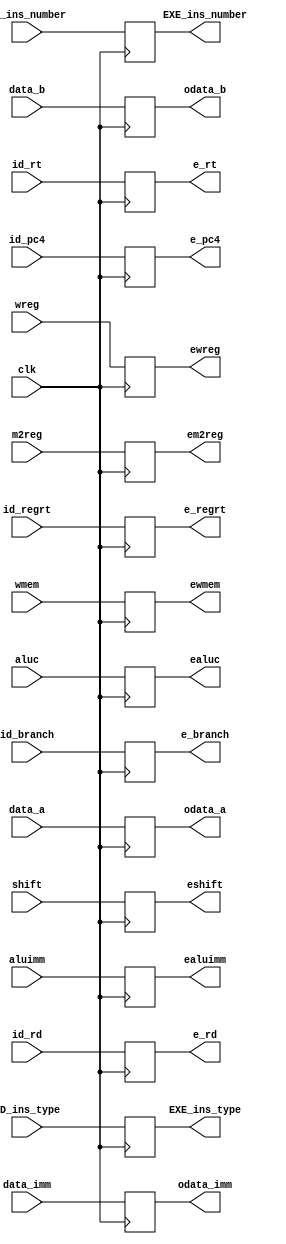
`timescale 1ns / 1ps
//////////////////////////////////////////////////////////////////////////////////
// Company: 
// Engineer: 
// 
// Design Name: 
// Module Name:    Reg_ID_EXE 
// Project Name: 
// Target Devices: 
// Tool versions: 
// Description: 
//
// Dependencies: 
//
// Revision: 
// Revision 0.01 - File Created
// Additional Comments: 
//
//////////////////////////////////////////////////////////////////////////////////
module Reg_ID_EXE(clk, 	wreg,	m2reg, wmem, aluc, shift, aluimm,  data_a, data_b, data_imm, id_branch,id_pc4, id_regrt,id_rt,id_rd,//inputs
								ewreg,em2reg,	ewmem,ealuc, eshift, ealuimm, odata_a,odata_b, odata_imm, e_branch, e_pc4,e_regrt,e_rt,e_rd,
								ID_ins_type, ID_ins_number, EXE_ins_type, EXE_ins_number);	//outputs
	input		clk;
	input 	wreg,	m2reg,	wmem,	shift,	aluimm;
	input [3:0] 	aluc;
	input [31:0]	data_a,	data_b,	data_imm;
	input id_branch;
	input [31:0]id_pc4;
	input id_regrt;
	input [4:0]id_rt;
	input [4:0]id_rd;
	input[3:0] 	ID_ins_type;
	input[3:0]	ID_ins_number;

	output 	ewreg,	em2reg,	ewmem,	eshift,	ealuimm;
	output [3:0] 	ealuc;
	output [31:0]	odata_a,odata_b,odata_imm;
	output e_branch;
	output[31:0] e_pc4;
	output e_regrt;
	output [4:0] e_rt;
	output [4:0] e_rd;
	output[3:0] EXE_ins_type;
	output[3:0] EXE_ins_number;
	
	reg[3:0] EXE_ins_type;
	reg[3:0] EXE_ins_number;
	reg 	ewreg,	em2reg,	ewmem,	eshift,	ealuimm;
	reg [3:0] 	ealuc;
	reg [31:0]	odata_a,odata_b,odata_imm;
	reg [31:0] 	e_pc4;
	reg e_branch;
	reg e_regrt;
	reg [4:0]e_rt;
	reg [4:0]e_rd;
	
	always@(posedge clk) begin
			ewreg <= wreg;
			em2reg <= m2reg;
			ewmem <= wmem;
			eshift <= shift;
			ealuimm <= aluimm;
			ealuc <= aluc;
			odata_a <= data_a;
			odata_b <= data_b;
			odata_imm <= data_imm;
			EXE_ins_type <= ID_ins_type;
			EXE_ins_number <= ID_ins_number;
			e_branch<=id_branch;
			e_pc4 <= id_pc4;
			e_regrt <= id_regrt;
			e_rt <= id_rt;
			e_rd <= id_rd;
	end
endmodule